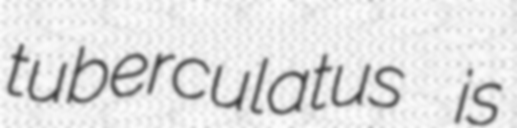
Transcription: tuberculatus is